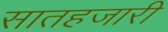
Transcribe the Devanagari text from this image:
सातहजारी